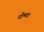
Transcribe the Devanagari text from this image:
दोमट।